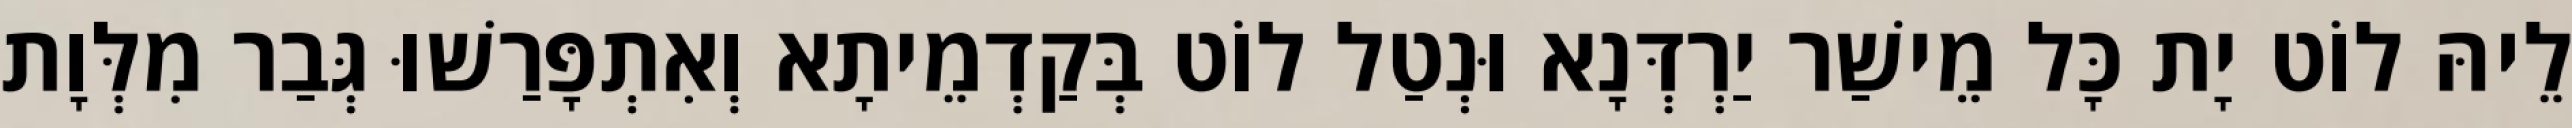
לֵיהּ לוֹט יָת כָּל מֵישַׁר יַרְדְּנָא וּנְטַל לוֹט בְּקַדְמֵיתָא וְאִתְפָּרַשׁוּ גְּבַר מִלְּוָת